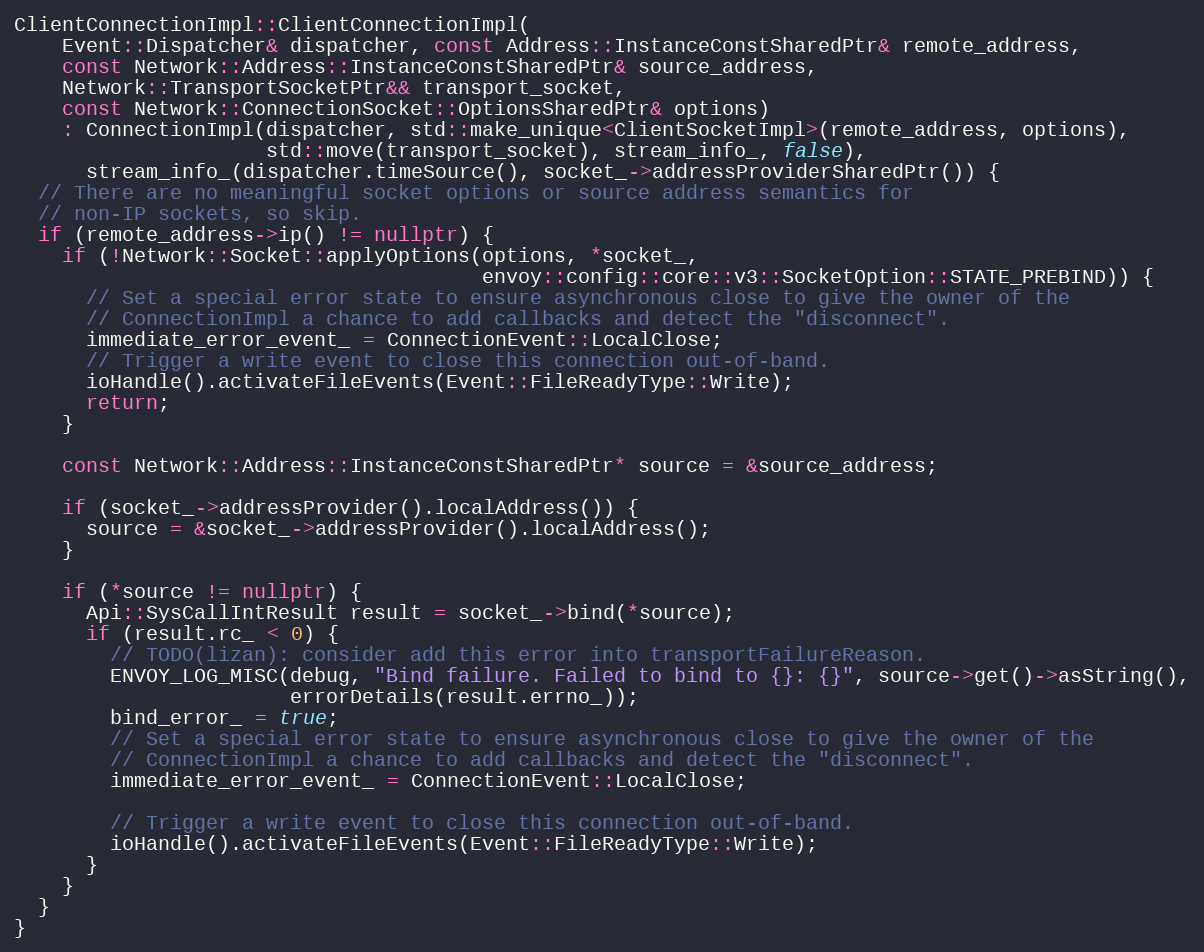
Language: C++
ClientConnectionImpl::ClientConnectionImpl(
    Event::Dispatcher& dispatcher, const Address::InstanceConstSharedPtr& remote_address,
    const Network::Address::InstanceConstSharedPtr& source_address,
    Network::TransportSocketPtr&& transport_socket,
    const Network::ConnectionSocket::OptionsSharedPtr& options)
    : ConnectionImpl(dispatcher, std::make_unique<ClientSocketImpl>(remote_address, options),
                     std::move(transport_socket), stream_info_, false),
      stream_info_(dispatcher.timeSource(), socket_->addressProviderSharedPtr()) {
  // There are no meaningful socket options or source address semantics for
  // non-IP sockets, so skip.
  if (remote_address->ip() != nullptr) {
    if (!Network::Socket::applyOptions(options, *socket_,
                                       envoy::config::core::v3::SocketOption::STATE_PREBIND)) {
      // Set a special error state to ensure asynchronous close to give the owner of the
      // ConnectionImpl a chance to add callbacks and detect the "disconnect".
      immediate_error_event_ = ConnectionEvent::LocalClose;
      // Trigger a write event to close this connection out-of-band.
      ioHandle().activateFileEvents(Event::FileReadyType::Write);
      return;
    }

    const Network::Address::InstanceConstSharedPtr* source = &source_address;

    if (socket_->addressProvider().localAddress()) {
      source = &socket_->addressProvider().localAddress();
    }

    if (*source != nullptr) {
      Api::SysCallIntResult result = socket_->bind(*source);
      if (result.rc_ < 0) {
        // TODO(lizan): consider add this error into transportFailureReason.
        ENVOY_LOG_MISC(debug, "Bind failure. Failed to bind to {}: {}", source->get()->asString(),
                       errorDetails(result.errno_));
        bind_error_ = true;
        // Set a special error state to ensure asynchronous close to give the owner of the
        // ConnectionImpl a chance to add callbacks and detect the "disconnect".
        immediate_error_event_ = ConnectionEvent::LocalClose;

        // Trigger a write event to close this connection out-of-band.
        ioHandle().activateFileEvents(Event::FileReadyType::Write);
      }
    }
  }
}